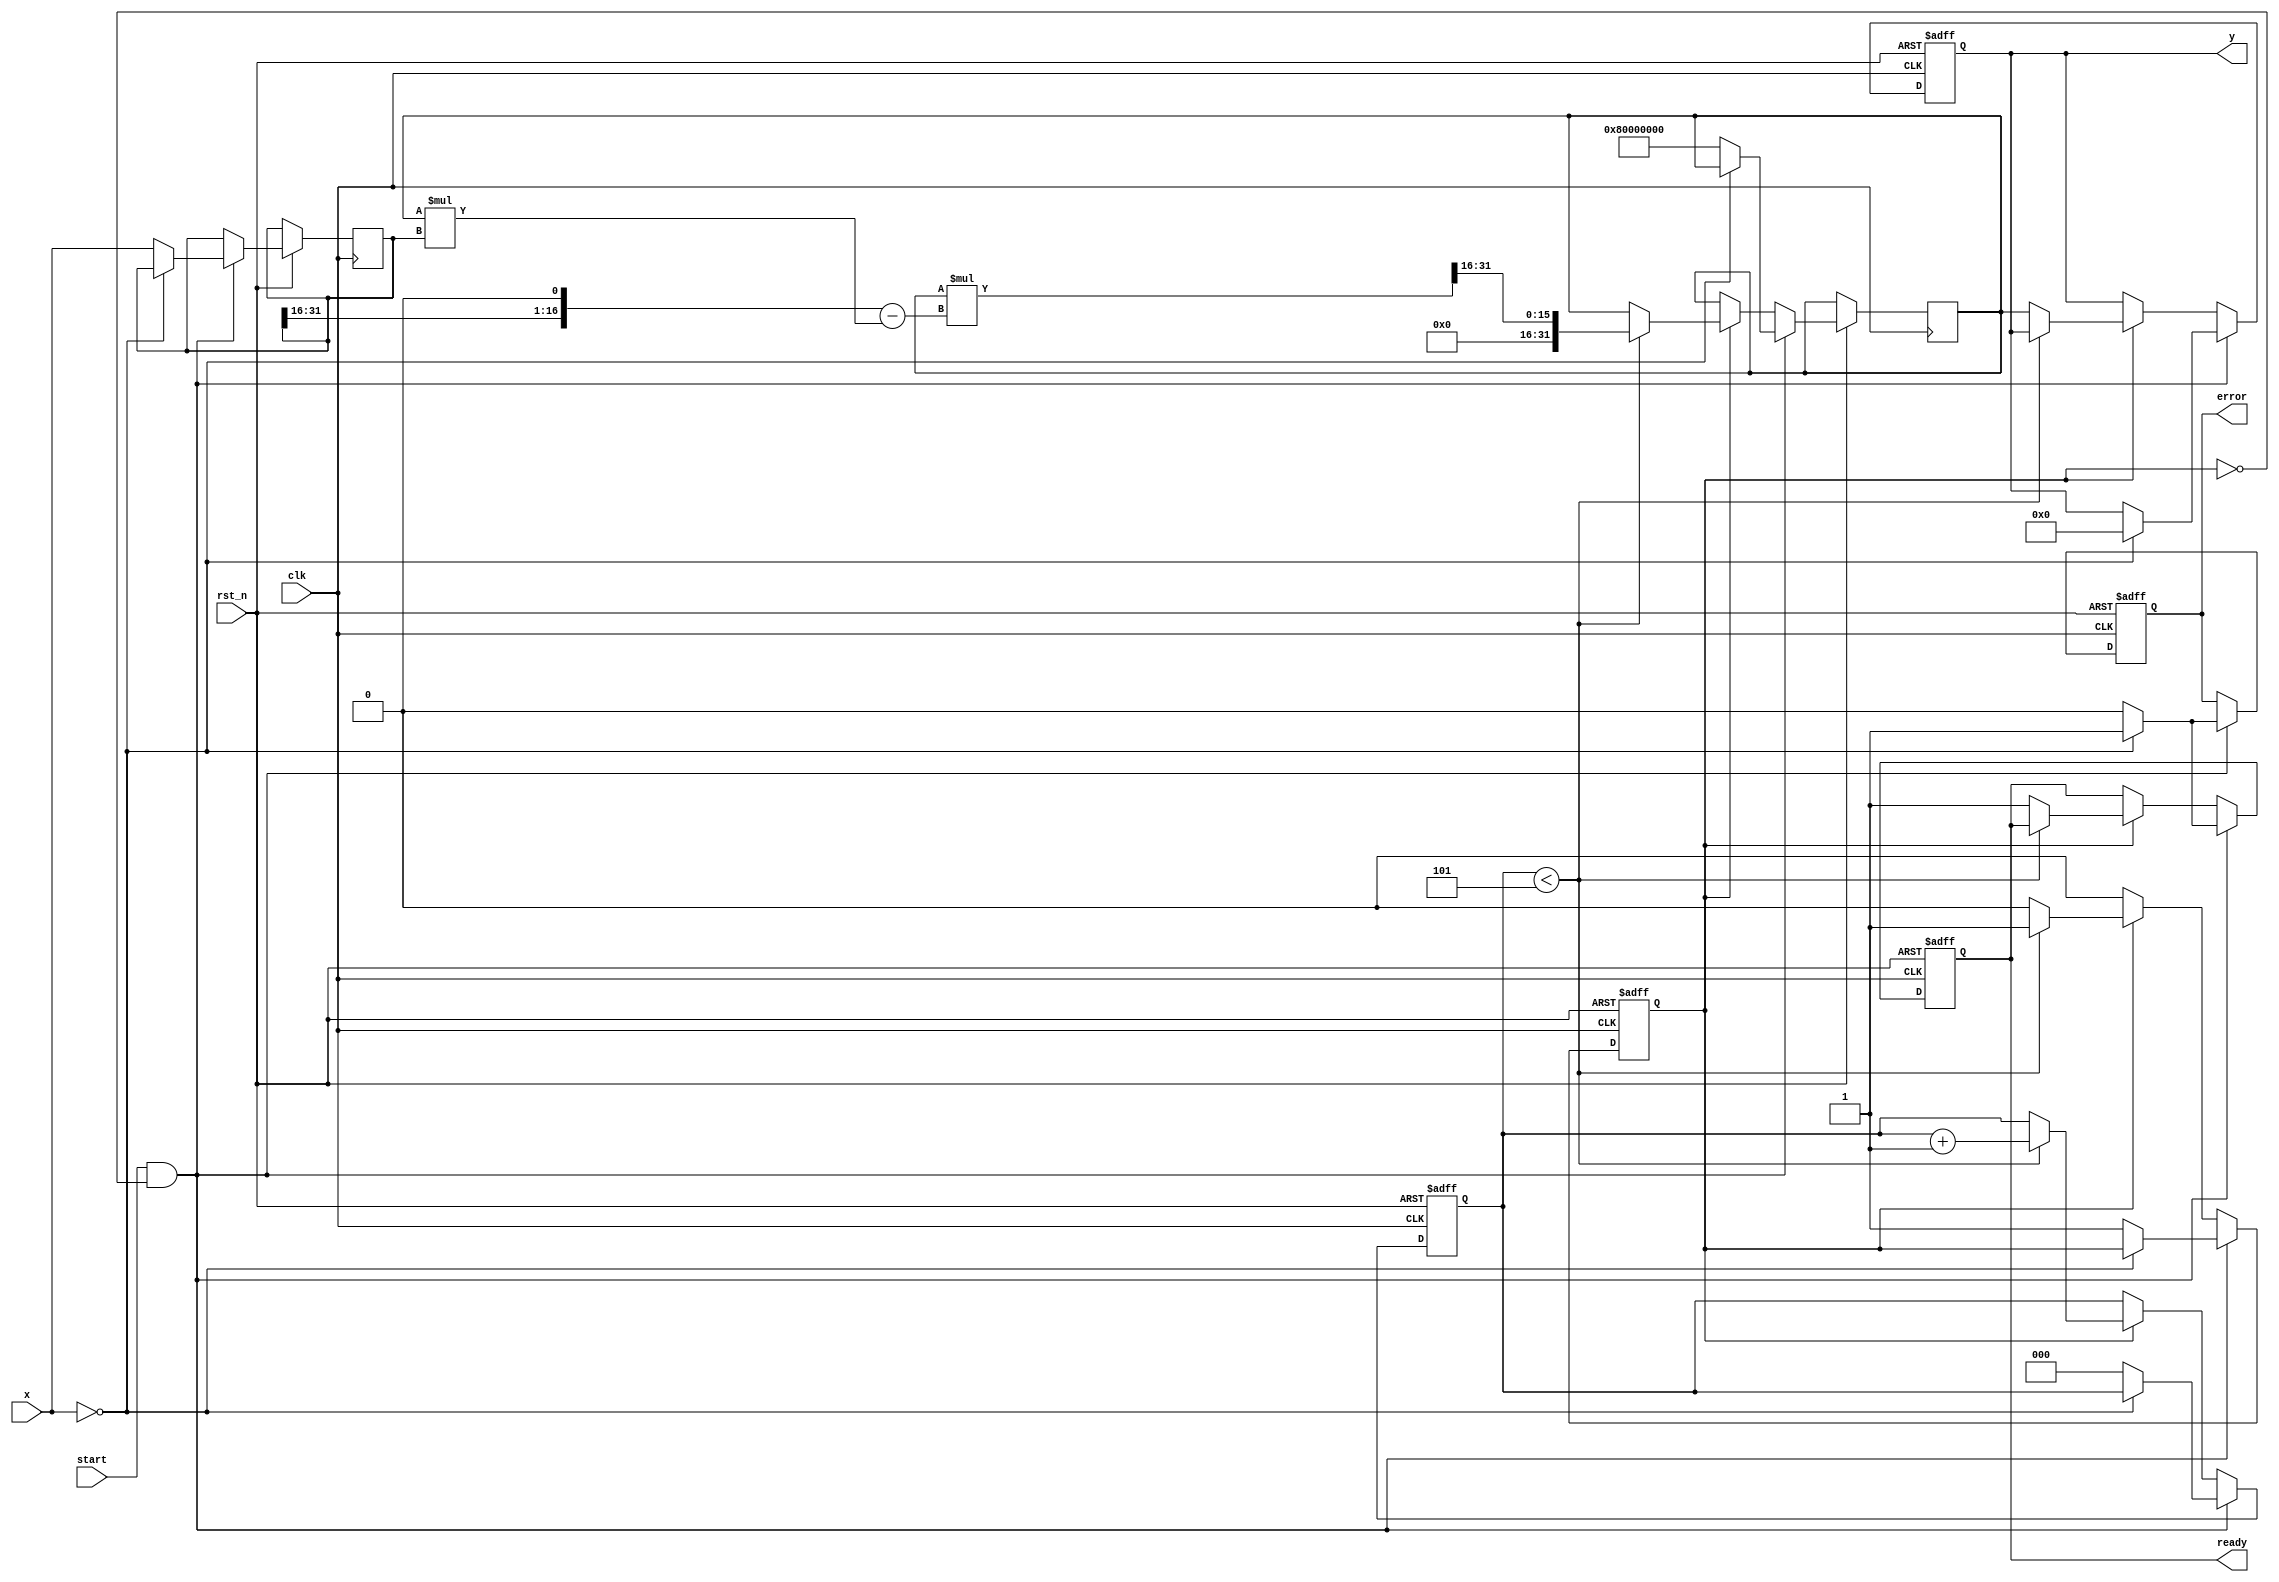
module fixed_point_reciprocal #(
    parameter M = 16, // Number of bits for integer part
    parameter N = 16, // Number of bits for fractional part
    parameter TOTAL_BITS = M + N
)(
    input wire clk,
    input wire rst_n,
    input wire [TOTAL_BITS-1:0] x, // Input fixed-point number
    input wire start, // Signal to start the computation
    output reg [TOTAL_BITS-1:0] y, // Output fixed-point reciprocal
    output reg ready, // Output signal indicating computation is complete
    output reg error // Output signal indicating an error (division by zero)
);

    localparam MAX_ITER = 5; // Maximum iterations for Newton-Raphson
    reg [TOTAL_BITS-1:0] x_reg;
    reg [TOTAL_BITS-1:0] approx; // Current approximation of reciprocal
    reg [2:0] iteration_count; // Iteration counter
    reg computing; // Flag to indicate if computation is in progress

    // Initialize output and internal state
    always @(posedge clk or negedge rst_n) begin
        if (!rst_n) begin
            y <= 0;
            ready <= 0;
            error <= 0;
            computing <= 0;
            iteration_count <= 0;
        end else begin
            if (start && !computing) begin
                if (x == 0) begin
                    error <= 1; // Division by zero
                    y <= 0;
                    ready <= 1;
                end else begin
                    error <= 0; // No error
                    x_reg <= x;
                    approx <= {1'b1, {(TOTAL_BITS-1){1'b0}}}; // Initial approximation: 1.0
                    iteration_count <= 0;
                    computing <= 1;
                    ready <= 0;
                end
            end else if (computing) begin
                if (iteration_count < MAX_ITER) begin
                    // Newton-Raphson iteration: approx = approx * (2 - x * approx)
                    approx <= approx * ({1'b0, {x_reg[TOTAL_BITS-1:N]}, 1'b0} - approx * x_reg) >> N; // Shift right for fractional part
                    iteration_count <= iteration_count + 1;
                end else begin
                    y <= approx; // Final approximation
                    ready <= 1; // Computation complete
                    computing <= 0; // Reset computing flag
                end
            end
        end
    end
endmodule